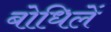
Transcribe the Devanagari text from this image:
बोधिलें